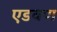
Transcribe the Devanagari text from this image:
एडवण